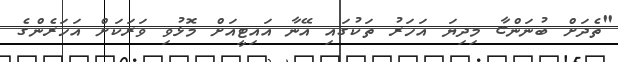
"ތެދަށް ބުނަންޏާ މިދިޔަ އަހަރު ތަކުގައި އޭނާ އައިޓީއަށް މޮޅުވި ވަރަކަށް އަހަރެންގެ